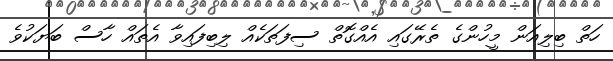
ހަތް ބިލިއަން މީހުންގެ ތެރޭގައި އެއްގޮތް ސިފަތަކެއް ލިބިފައިވާ އެތައް ހާސް ބަޔަކުވެ